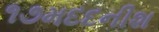
૧૭મદદનીશ